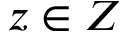
z \in { Z }